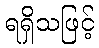
ရရှိသဖြင့်